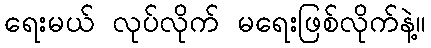
ရေးမယ် လုပ်လိုက် မရေးဖြစ်လိုက်နဲ့။